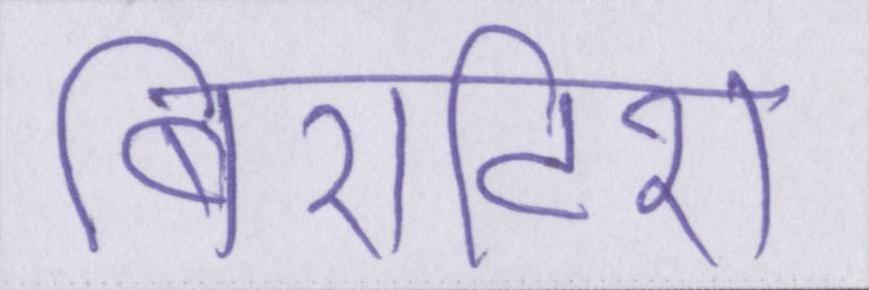
बि्रटिश